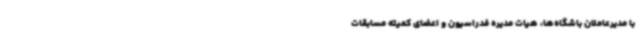
با مدیرعاملان باشگاه‌ها، هیات مدیره فدراسیون و اعضای کمیته مسابقات